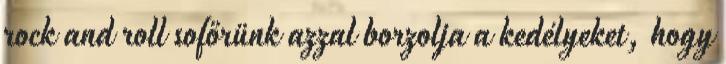
rock and roll sofőrünk azzal borzolja a kedélyeket, hogy